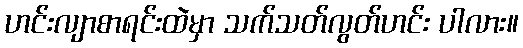
ဟင်းလျာစာရင်းထဲမှာ သက်သတ်လွတ်ဟင်း ပါလား။